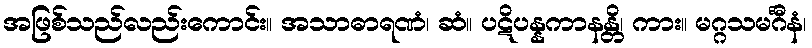
အဖြစ်သည်လည်းကောင်း။ အသာဓာရဏံ၊ ဆံ။ ပဋိပန္နကာနန္တိ၊ ကား။ မဂ္ဂသမင်္ဂီနံ၊